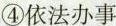
④依法办事